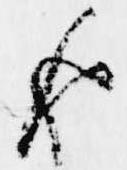
返